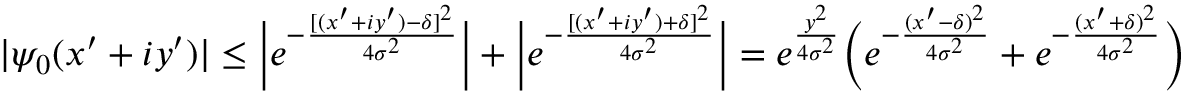
\begin{array} { r } { | \psi _ { 0 } ( x ^ { \prime } + i y ^ { \prime } ) | \leq \Big | e ^ { - \frac { [ ( x ^ { \prime } + i y ^ { \prime } ) - \delta ] ^ { 2 } } { 4 \sigma ^ { 2 } } } \Big | + \Big | e ^ { - \frac { [ ( x ^ { \prime } + i y ^ { \prime } ) + \delta ] ^ { 2 } } { 4 \sigma ^ { 2 } } } \Big | = e ^ { \frac { y ^ { 2 } } { 4 \sigma ^ { 2 } } } \Big ( e ^ { - \frac { ( x ^ { \prime } - \delta ) ^ { 2 } } { 4 \sigma ^ { 2 } } } + e ^ { - \frac { ( x ^ { \prime } + \delta ) ^ { 2 } } { 4 \sigma ^ { 2 } } } \Big ) } \end{array}